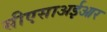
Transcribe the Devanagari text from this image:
सीएसाअईआर